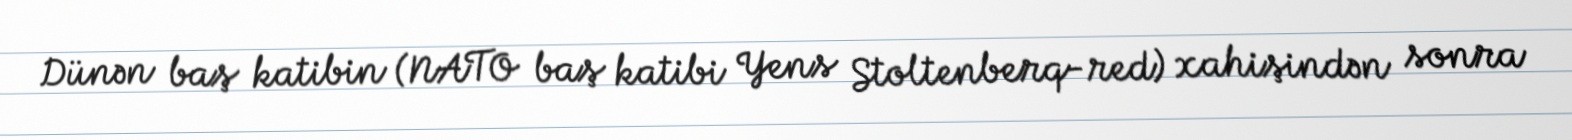
Dünən baş katibin (NATO baş katibi Yens Stoltenberq-red) xahişindən sonra